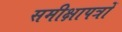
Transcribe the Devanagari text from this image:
समीक्षापत्रों